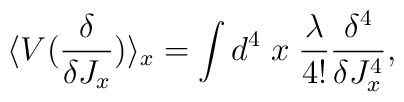
\langle V(\frac{\delta}{\delta J_{x}})\rangle  _{x}=\int d^{4}\;x\; \frac{\lambda}{4!} \frac{\delta^{4}}{\delta J_{x}^{4}},